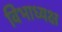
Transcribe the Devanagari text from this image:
विभाध्यक्ष